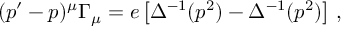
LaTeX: ( p ^ { \prime } - p ) ^ { \mu } \Gamma _ { \mu } = e \left[ \Delta ^ { - 1 } ( p ^ { 2 } ) - \Delta ^ { - 1 } ( p ^ { 2 } ) \right] \, ,